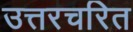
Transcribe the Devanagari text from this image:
उत्तरचरित